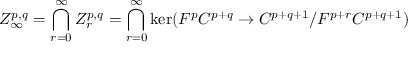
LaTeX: Z _ { \infty } ^ { p , q } = \bigcap _ { r = 0 } ^ { \infty } Z _ { r } ^ { p , q } = \bigcap _ { r = 0 } ^ { \infty } \ker ( F ^ { p } C ^ { p + q } \rightarrow C ^ { p + q + 1 } / F ^ { p + r } C ^ { p + q + 1 } )